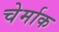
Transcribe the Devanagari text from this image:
चेर्माक